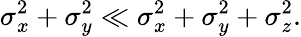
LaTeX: \sigma_{x}^{2}+\sigma_{y}^{2}\ll\sigma_{x}^{2}+\sigma_{y}^{2}+\sigma_{z}^{2}.